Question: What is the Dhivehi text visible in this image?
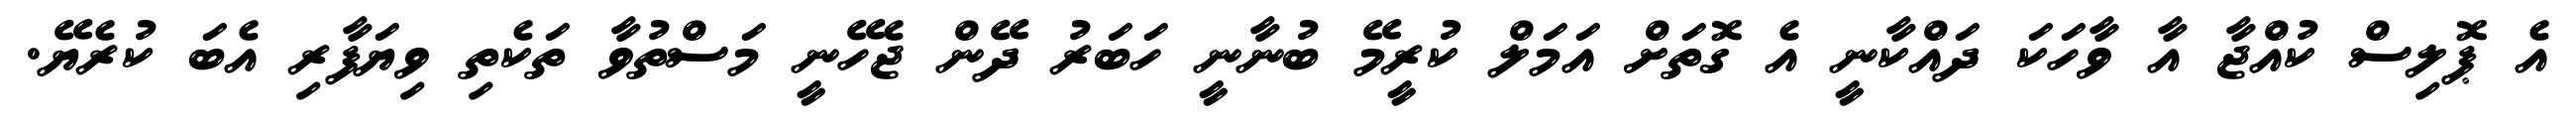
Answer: އެ ޕޮލިސް ކުއްޖާ އާ ވާހަކަ ދައްކާނީ އެ ގޮތަށް އަމަލް ކުރީމޭ ބުނާނީ ހަބަރު ދޭން ޖެހޭނީ މަސްތުވާ ތަކެތި ވިޔަފާރި އެބަ ކުރެޔޭ.